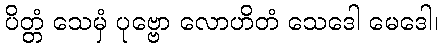
ပိတ္တံ သေမှံ ပုဗ္ဗော လောဟိတံ သေဒေါ မေဒေါ၊